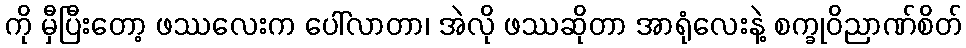
ကို မှီပြီးတော့ ဖဿလေးက ပေါ်လာတာ၊ အဲလို ဖဿဆိုတာ အာရုံလေးနဲ့ စက္ခုဝိညာဏ်စိတ်